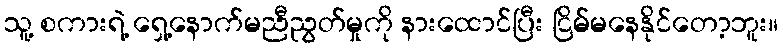
သူ့ စကားရဲ့ ရှေ့နောက်မညီညွတ်မှုကို နားထောင်ပြီး ငြိမ်မနေနိုင်တော့ဘူး။